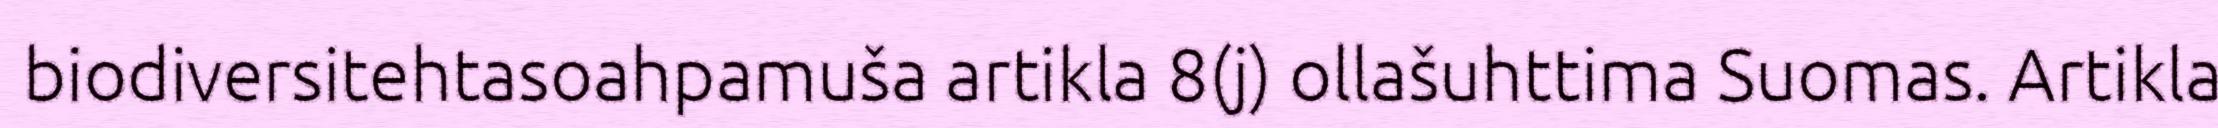
biodiversitehtasoahpamuša artikla 8(j) ollašuhttima Suomas. Artikla